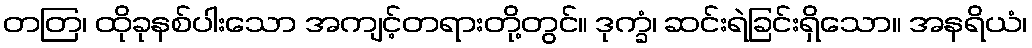
တတြ၊ ထိုခုနစ်ပါးသော အကျင့်တရားတို့တွင်။ ဒုက္ခံ၊ ဆင်းရဲခြင်းရှိသော။ အနရိယံ၊